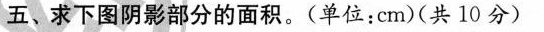
五、求下图阴影部分的面积。(单位：cm)(共10分)